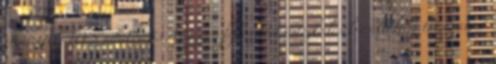
érintettek, HVS adatbázis Az egyes fejlesztési intézkedésekre allokált támogatási